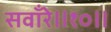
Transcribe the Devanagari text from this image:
सवाँरे॥१०॥